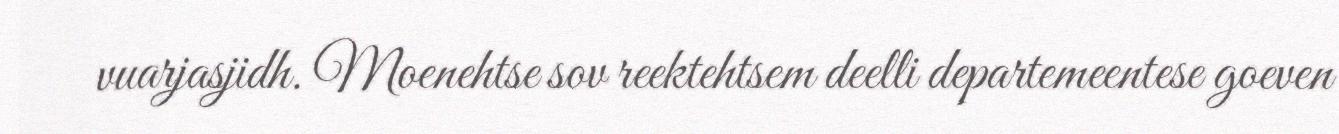
vuarjasjidh. Moenehtse sov reektehtsem deelli departemeentese goeven